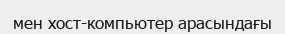
мен хост-компьютер арасындағы